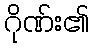
ဂိုဏ်း၏